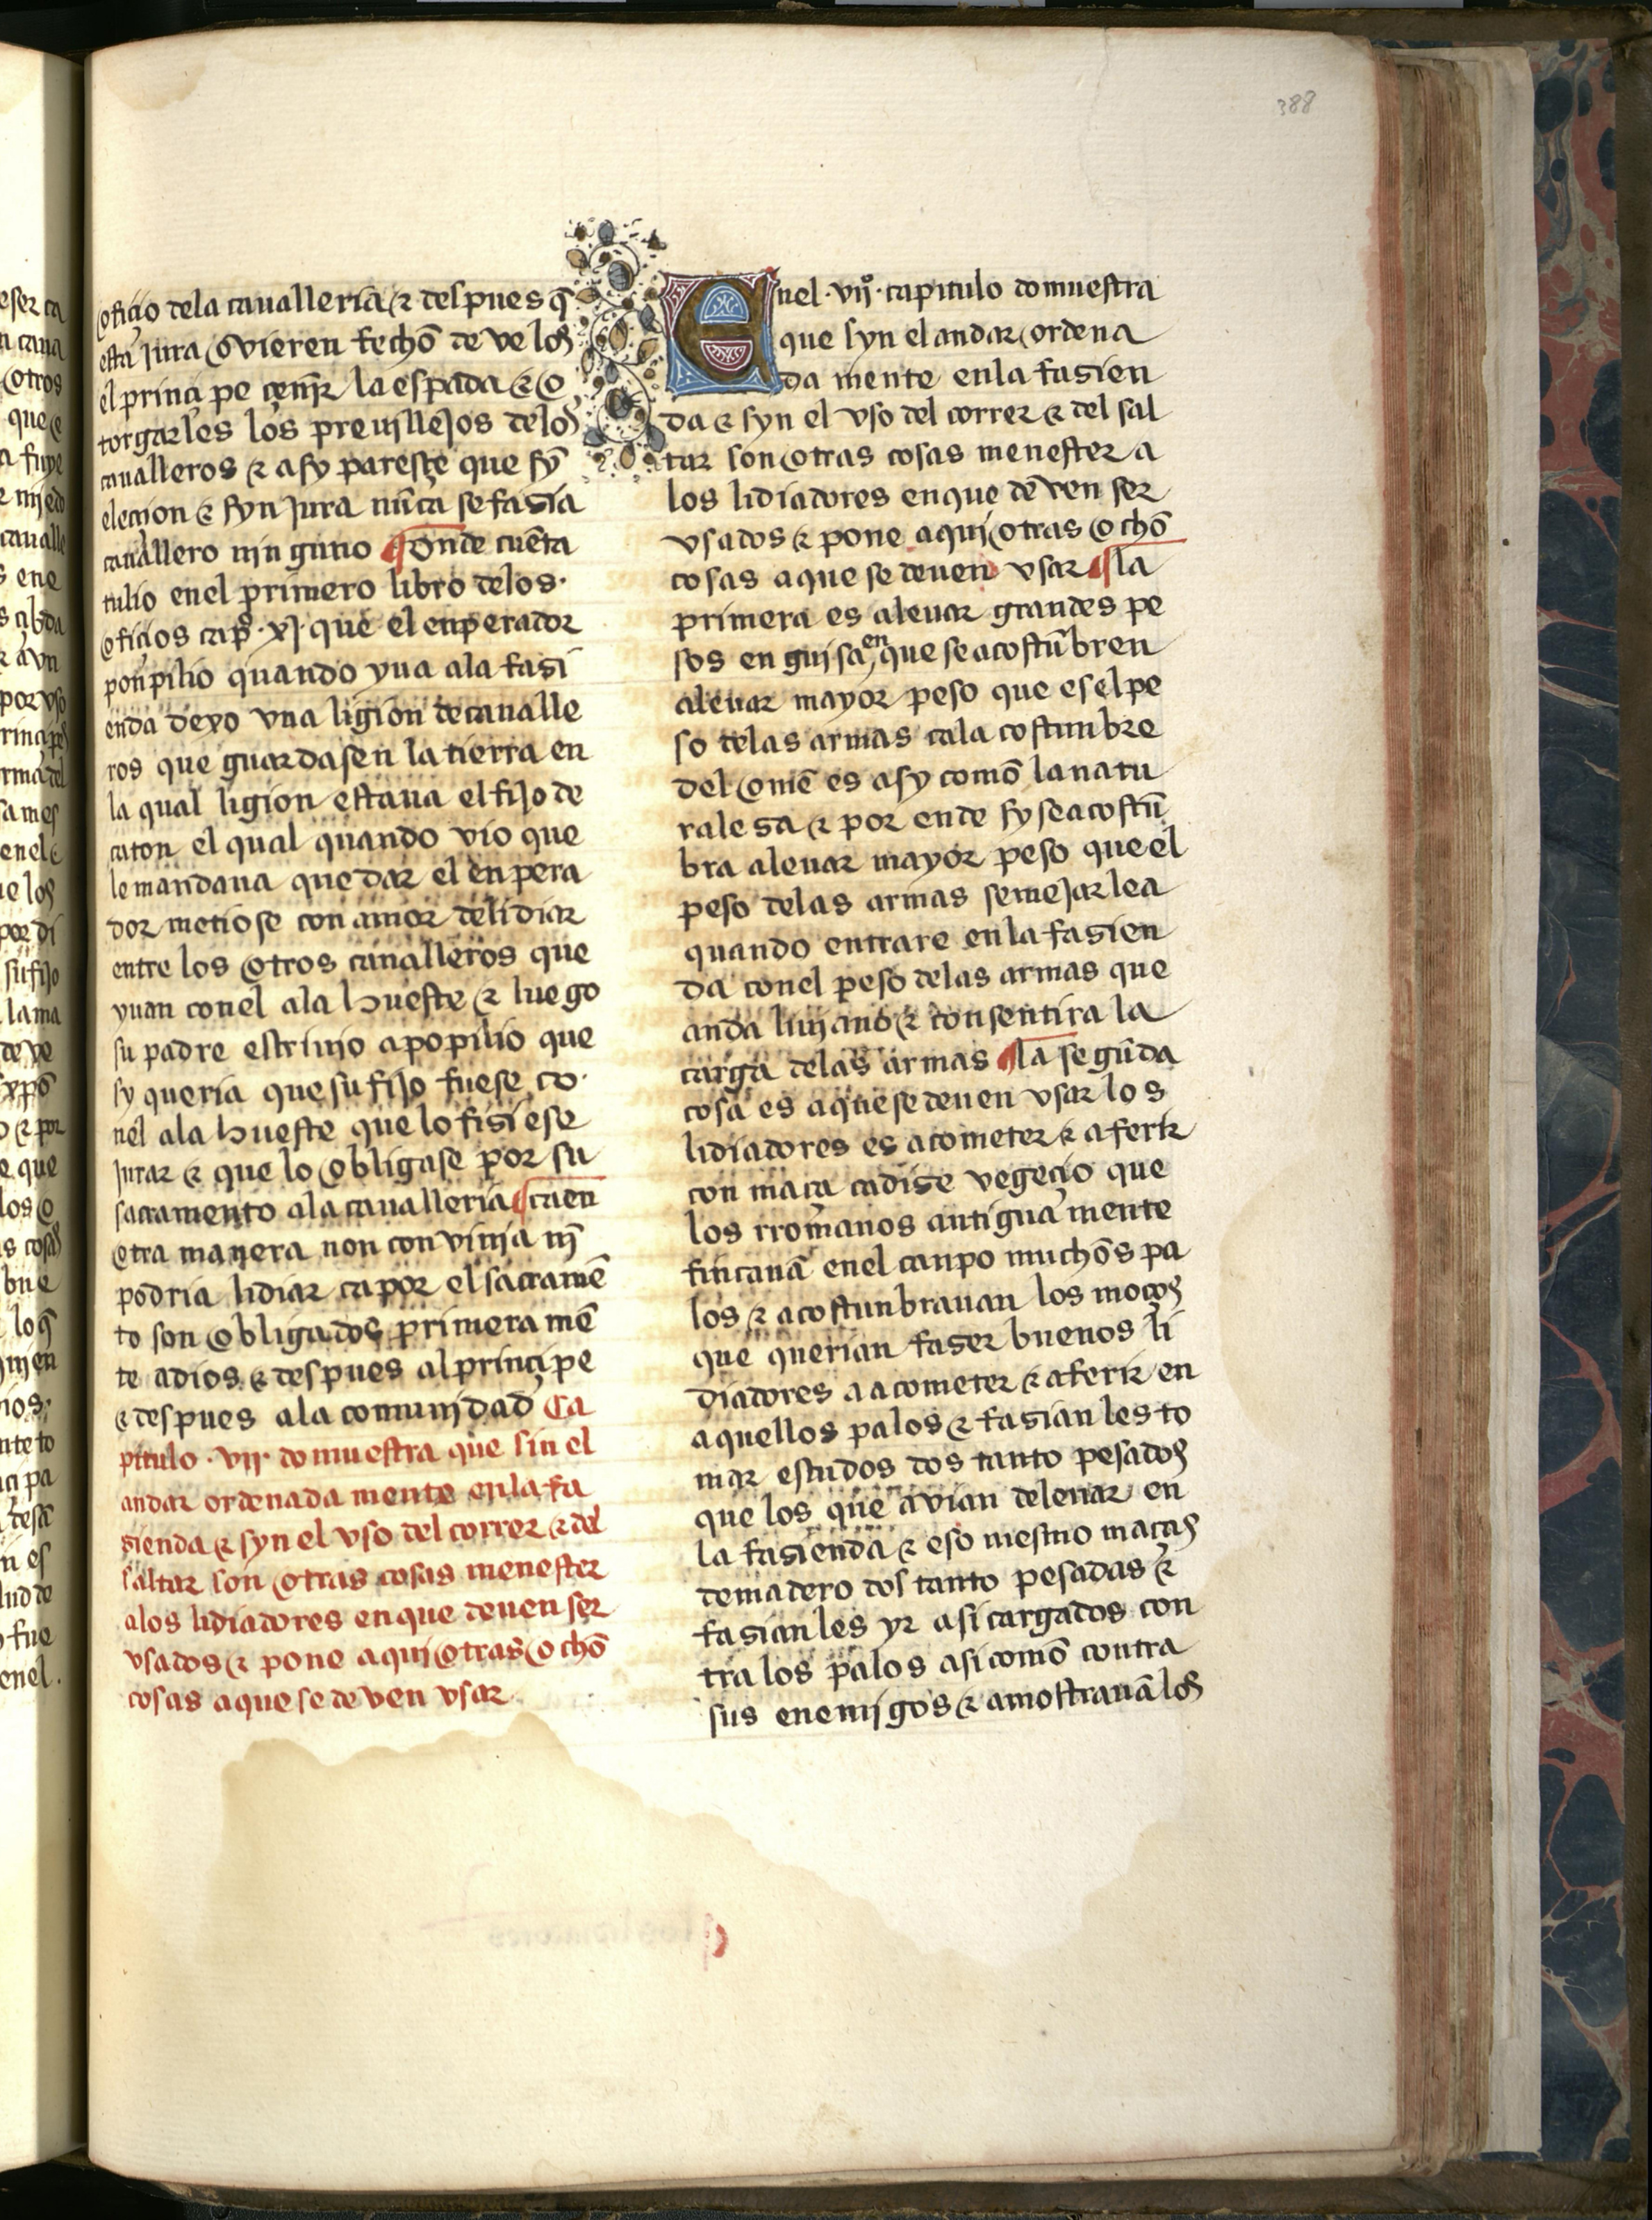
Shelfmark: Salamanca, Biblioteca Histórica USAL, 2709
Century: 15